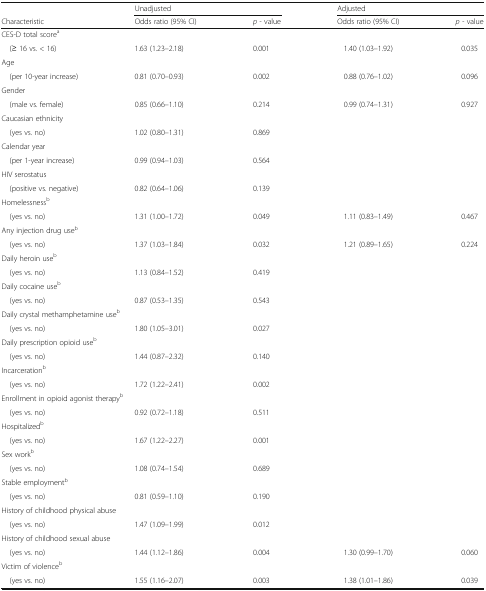
<table><thead><tr><td></td><td colspan="2"><b>Unadjusted</b></td><td colspan="2"><b>Adjusted</b></td></tr><tr><td><b>Characteristic</b></td><td><b>Odds ratio (95% CI)</b></td><td><b><i>p -</i> value</b></td><td><b>Odds ratio (95% CI)</b></td><td><b><i>p -</i> value</b></td></tr></thead><tbody><tr><td colspan="5">CES-D total score<sup>a</sup></td></tr><tr><td> (≥ 16 vs. &lt; 16)</td><td>1.63 (1.23–2.18)</td><td>0.001</td><td>1.40 (1.03–1.92)</td><td>0.035</td></tr><tr><td colspan="5">Age</td></tr><tr><td> (per 10-year increase)</td><td>0.81 (0.70–0.93)</td><td>0.002</td><td>0.88 (0.76–1.02)</td><td>0.096</td></tr><tr><td colspan="5">Gender</td></tr><tr><td> (male vs. female)</td><td>0.85 (0.66–1.10)</td><td>0.214</td><td>0.99 (0.74–1.31)</td><td>0.927</td></tr><tr><td colspan="5">Caucasian ethnicity</td></tr><tr><td> (yes vs. no)</td><td>1.02 (0.80–1.31)</td><td>0.869</td><td></td><td></td></tr><tr><td colspan="5">Calendar year</td></tr><tr><td> (per 1-year increase)</td><td>0.99 (0.94–1.03)</td><td>0.564</td><td></td><td></td></tr><tr><td colspan="5">HIV serostatus</td></tr><tr><td> (positive vs. negative)</td><td>0.82 (0.64–1.06)</td><td>0.139</td><td></td><td></td></tr><tr><td>Homelessness<sup>b</sup></td><td></td><td></td><td></td><td></td></tr><tr><td> (yes vs. no)</td><td>1.31 (1.00–1.72)</td><td>0.049</td><td>1.11 (0.83–1.49)</td><td>0.467</td></tr><tr><td>Any injection drug use<sup>b</sup></td><td></td><td></td><td></td><td></td></tr><tr><td> (yes vs. no)</td><td>1.37 (1.03–1.84)</td><td>0.032</td><td>1.21 (0.89–1.65)</td><td>0.224</td></tr><tr><td>Daily heroin use<sup>b</sup></td><td></td><td></td><td></td><td></td></tr><tr><td> (yes vs. no)</td><td>1.13 (0.84–1.52)</td><td>0.419</td><td></td><td></td></tr><tr><td colspan="5">Daily cocaine use<sup>b</sup></td></tr><tr><td> (yes vs. no)</td><td>0.87 (0.53–1.35)</td><td>0.543</td><td></td><td></td></tr><tr><td colspan="5">Daily crystal methamphetamine use<sup>b</sup></td></tr><tr><td> (yes vs. no)</td><td>1.80 (1.05–3.01)</td><td>0.027</td><td></td><td></td></tr><tr><td colspan="5">Daily prescription opioid use<sup>b</sup></td></tr><tr><td> (yes vs. no)</td><td>1.44 (0.87–2.32)</td><td>0.140</td><td></td><td></td></tr><tr><td colspan="5">Incarceration<sup>b</sup></td></tr><tr><td> (yes vs. no)</td><td>1.72 (1.22–2.41)</td><td>0.002</td><td></td><td></td></tr><tr><td colspan="5">Enrollment in opioid agonist therapy<sup>b</sup></td></tr><tr><td> (yes vs. no)</td><td>0.92 (0.72–1.18)</td><td>0.511</td><td></td><td></td></tr><tr><td colspan="5">Hospitalized<sup>b</sup></td></tr><tr><td> (yes vs. no)</td><td>1.67 (1.22–2.27)</td><td>0.001</td><td></td><td></td></tr><tr><td>Sex work<sup>b</sup></td><td></td><td></td><td></td><td></td></tr><tr><td> (yes vs. no)</td><td>1.08 (0.74–1.54)</td><td>0.689</td><td></td><td></td></tr><tr><td colspan="5">Stable employment<sup>b</sup></td></tr><tr><td> (yes vs. no)</td><td>0.81 (0.59–1.10)</td><td>0.190</td><td></td><td></td></tr><tr><td colspan="5">History of childhood physical abuse</td></tr><tr><td> (yes vs. no)</td><td>1.47 (1.09–1.99)</td><td>0.012</td><td></td><td></td></tr><tr><td colspan="5">History of childhood sexual abuse</td></tr><tr><td> (yes vs. no)</td><td>1.44 (1.12–1.86)</td><td>0.004</td><td>1.30 (0.99–1.70)</td><td>0.060</td></tr><tr><td colspan="5">Victim of violence<sup>b</sup></td></tr><tr><td> (yes vs. no)</td><td>1.55 (1.16–2.07)</td><td>0.003</td><td>1.38 (1.01–1.86)</td><td>0.039</td></tr></tbody></table>